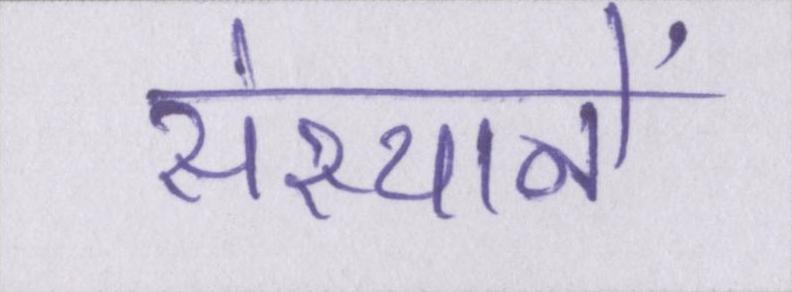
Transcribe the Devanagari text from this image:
संस्थानें